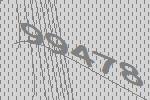
99478